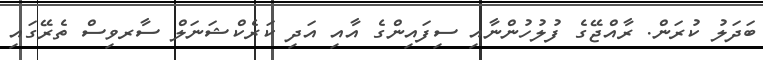
ބަދަލު ކުރަން. ރާއްޖޭގެ ފުލުހުންނާއި ސިފައިންގެ އާއި އަދި ކަރެކްޝަނަލް ސާރވިސް ތެރޭގައި